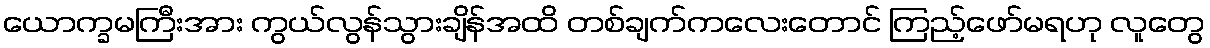
ယောက္ခမကြီးအား ကွယ်လွန်သွားချိန်အထိ တစ်ချက်ကလေးတောင် ကြည့်ဖော်မရဟု လူတွေ